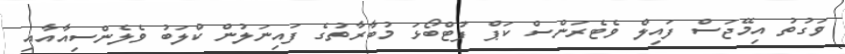
ވަގުތު އިމޭޖަސް ފައިލް ވެޓެރަންސް ކަޕް ފުޓްބޯޅަ މުބާރާތުގެ ފައިނަލުން ކްލަބު ވެލެންސިއާއާއި